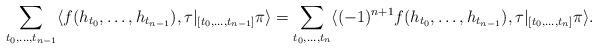
LaTeX: \begin{align*}\sum_{t_0,\ldots, t_{n-1}}\langle f(h_{t_0},\ldots, h_{t_{n-1}}), \tau|_{[t_0,\ldots, t_{n-1}]}\pi \rangle=\sum_{t_0,\ldots, t_n}\langle (-1)^{n+1}f(h_{t_0},\ldots, h_{t_{n-1}}), \tau|_{[t_0,\ldots, t_n]} \pi\rangle.\end{align*}